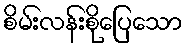
စိမ်းလန်းစိုပြေသော